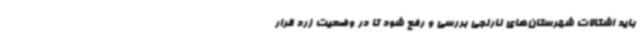
باید اشکالات شهرستان‌های نارنجی بررسی و رفع شود تا در وضعیت زرد قرار